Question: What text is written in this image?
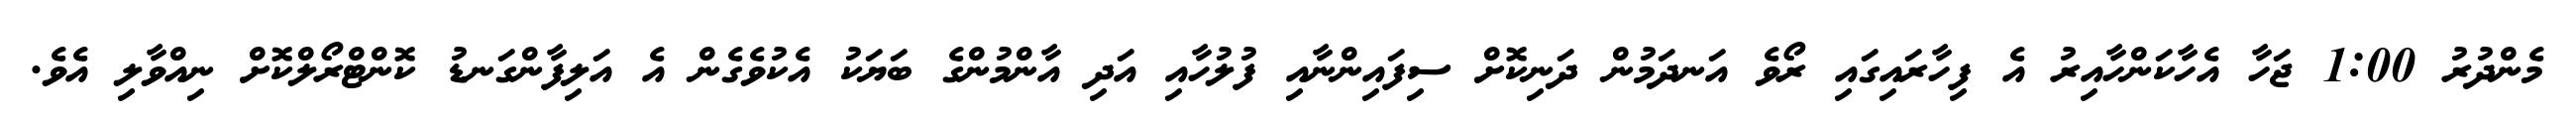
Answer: މެންދުރު 1:00 ޖަހާ އެހާކަންހާއިރު އެ ފިހާރައިގައި ރޯވެ އަނދަމުން ދަނިކޮށް ސިފައިންނާއި ފުލުހާއި އަދި އާންމުންގެ ބަޔަކު އެކުވެގެން އެ އަލިފާންގަނޑު ކޮންޓްރޯލްކޮށް ނިއްވާލި އެވެ.